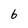
Character: 6